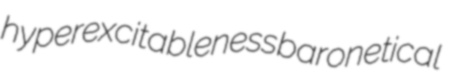
hyperexcitableness baronetical